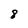
Character: 8